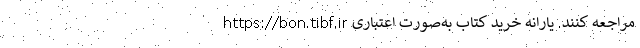
https://bon.tibf.ir مراجعه کنند. یارانه خرید کتاب به‌صورت اعتباری